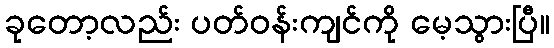
ခုတော့လည်း ပတ်ဝန်းကျင်ကို မေ့သွားပြီ။